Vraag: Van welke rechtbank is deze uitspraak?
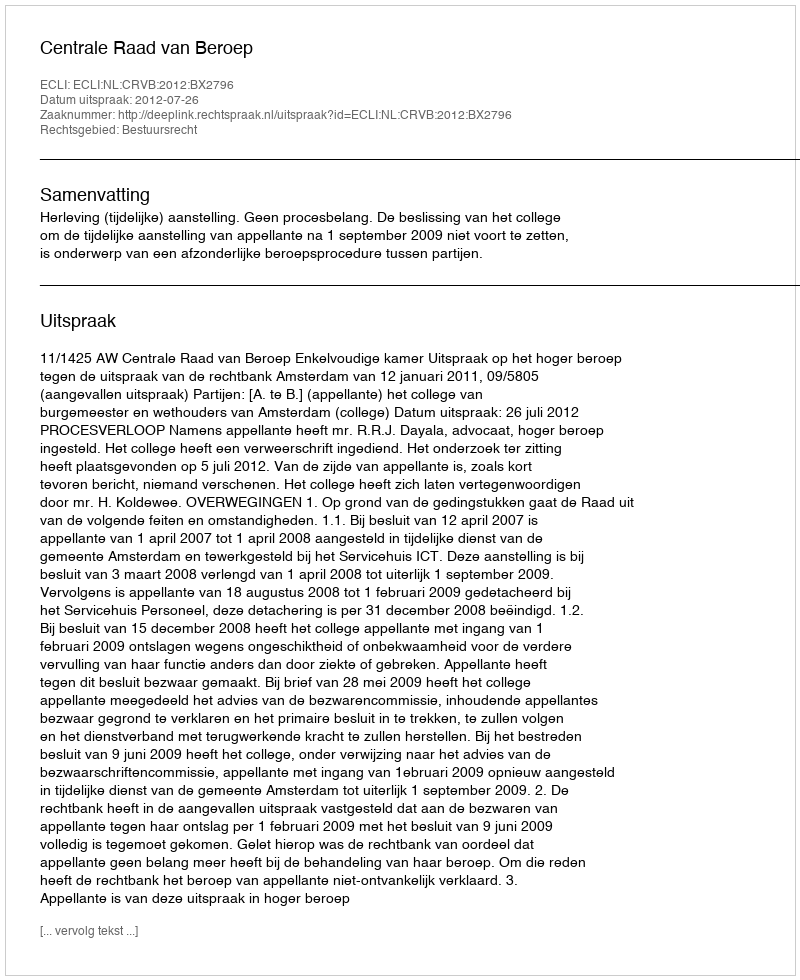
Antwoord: Centrale Raad van Beroep